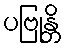
ပဗြုန္တိ